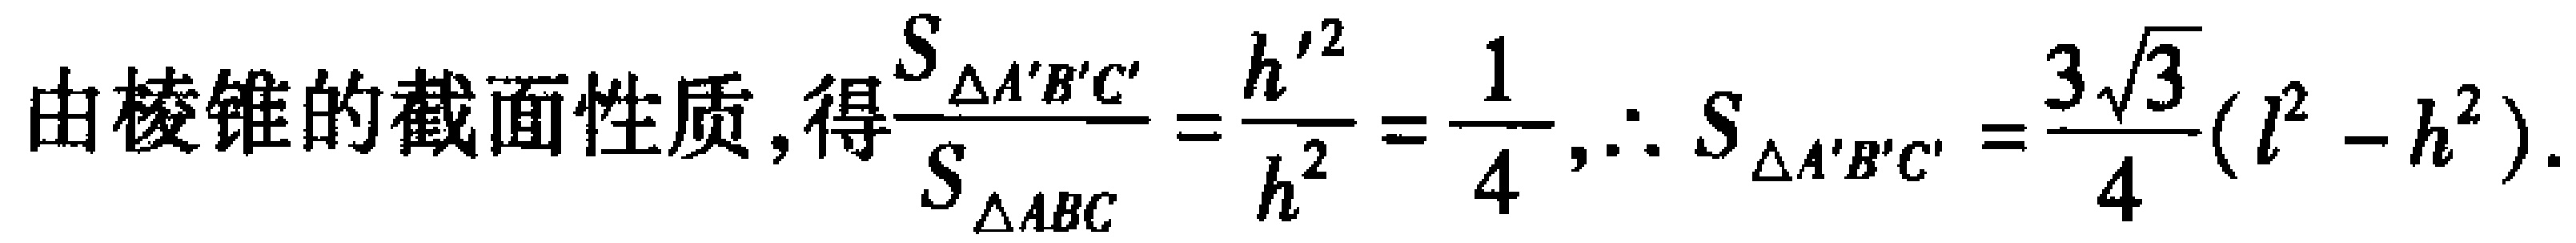
由棱锥的截面性质,得$\frac{S_{\triangle A'B'C'}}{S_{\triangle ABC}}=\frac{h'^{2}}{h^{2}}=\frac{1}{4},\therefore S_{\triangle A'B'C'}=\frac{3\sqrt{3}}{4}(l^{2}-h^{2})$.